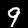
Digit: 9